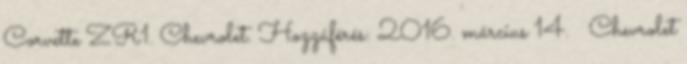
Corvette ZR1. Chevrolet. Hozzáférés: 2016. március 14. ↑ Chevrolet